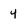
Character: 4